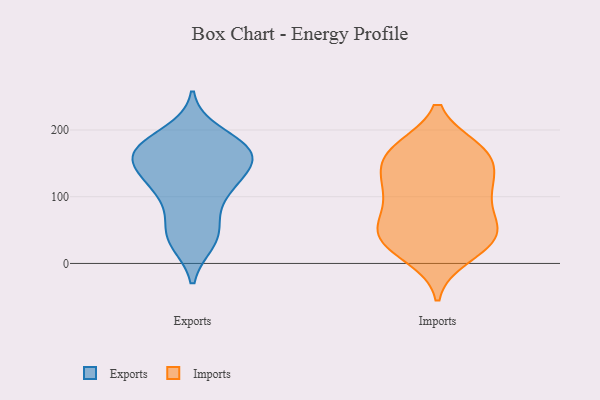
{"axis": {"x": "Churn Rate (%)", "y": "Value"}, "legend": ["Exports", "Imports"], "data": [{"x": "", "y": 52, "type": "Exports"}, {"x": "", "y": 33, "type": "Exports"}, {"x": "", "y": 46, "type": "Exports"}, {"x": "", "y": 178, "type": "Exports"}, {"x": "", "y": 167, "type": "Exports"}, {"x": "", "y": 170, "type": "Exports"}, {"x": "", "y": 166, "type": "Exports"}, {"x": "", "y": 168, "type": "Exports"}, {"x": "", "y": 132, "type": "Exports"}, {"x": "", "y": 35, "type": "Exports"}, {"x": "", "y": 162, "type": "Exports"}, {"x": "", "y": 146, "type": "Exports"}, {"x": "", "y": 104, "type": "Exports"}, {"x": "", "y": 124, "type": "Exports"}, {"x": "", "y": 195, "type": "Exports"}, {"x": "", "y": 119, "type": "Exports"}, {"x": "", "y": 96, "type": "Exports"}, {"x": "", "y": 164, "type": "Exports"}, {"x": "", "y": 66, "type": "Imports"}, {"x": "", "y": 10, "type": "Imports"}, {"x": "", "y": 169, "type": "Imports"}, {"x": "", "y": 68, "type": "Imports"}, {"x": "", "y": 95, "type": "Imports"}, {"x": "", "y": 41, "type": "Imports"}, {"x": "", "y": 19, "type": "Imports"}, {"x": "", "y": 169, "type": "Imports"}, {"x": "", "y": 42, "type": "Imports"}, {"x": "", "y": 141, "type": "Imports"}, {"x": "", "y": 116, "type": "Imports"}, {"x": "", "y": 48, "type": "Imports"}, {"x": "", "y": 120, "type": "Imports"}, {"x": "", "y": 161, "type": "Imports"}, {"x": "", "y": 169, "type": "Imports"}, {"x": "", "y": 172, "type": "Imports"}, {"x": "", "y": 104, "type": "Imports"}, {"x": "", "y": 31, "type": "Imports"}, {"x": "", "y": 45, "type": "Imports"}, {"x": "", "y": 126, "type": "Imports"}]}